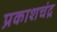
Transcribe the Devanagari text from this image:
प्रकाशचंद्र